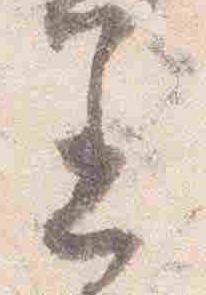
着